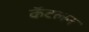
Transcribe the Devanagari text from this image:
कॅटलन